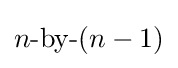
n{\text{-by-}}(n-1)